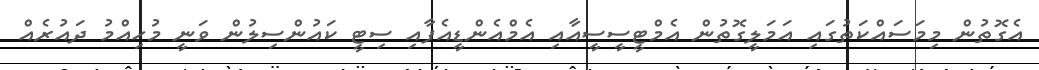
އެގޮތުން މިމަސައްކަތުގައި އަމަލީގޮތުން އެމްޓީސީސީއާއި އެމްއެންޑީއެފާއި ސިޓީ ކައުންސިލުން ވަނީ މުހިއްމު ދައުރެއް